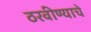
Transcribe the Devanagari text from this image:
ठरवीण्याचे